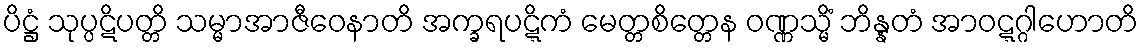
ပိဋ္ဌံ သုပ္ပဋိပတ္တိ သမ္မာအာဇီဝေနာတိ အက္ခရပဋ္ဋိကံ မေတ္တစိတ္တေန ဝဏ္ဏသ္မိံ ဘိန္နတံ အာဝဋ္ဋဂ္ဂါဟောတိ